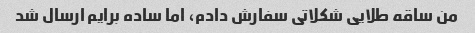
من ساقه طلایی شکلاتی سفارش دادم، اما ساده برایم ارسال شد